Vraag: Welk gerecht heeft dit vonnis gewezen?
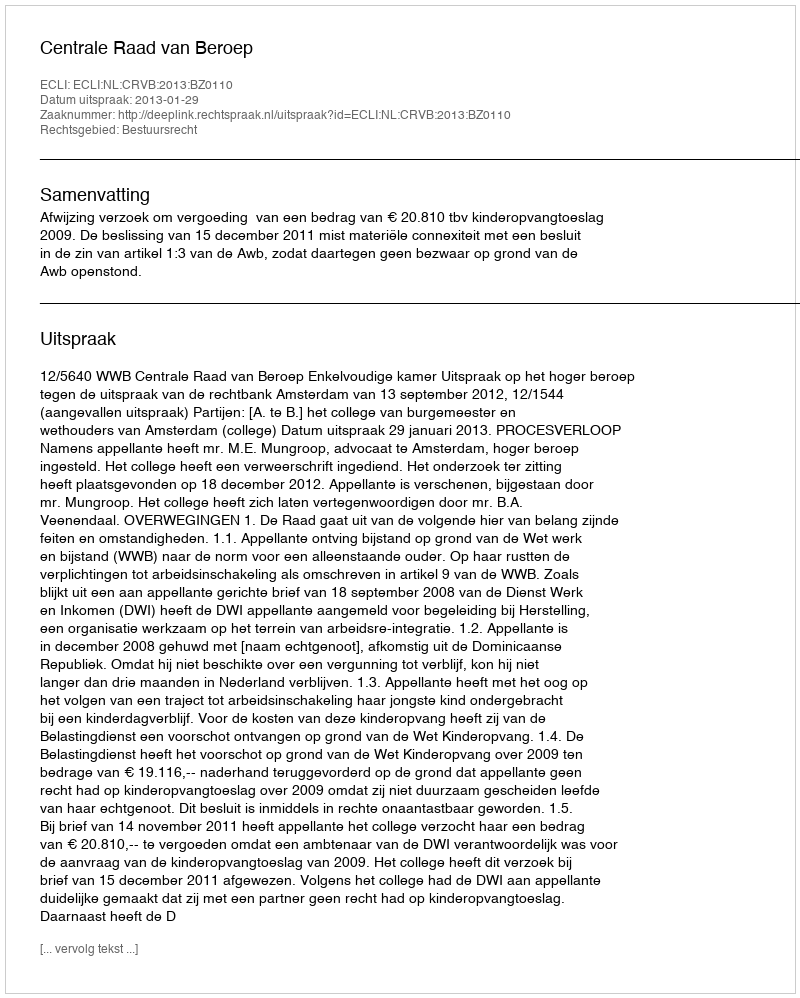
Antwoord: Centrale Raad van Beroep